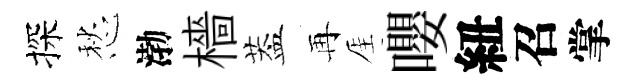
探愁渤檣葢再厓嚶紐召掌